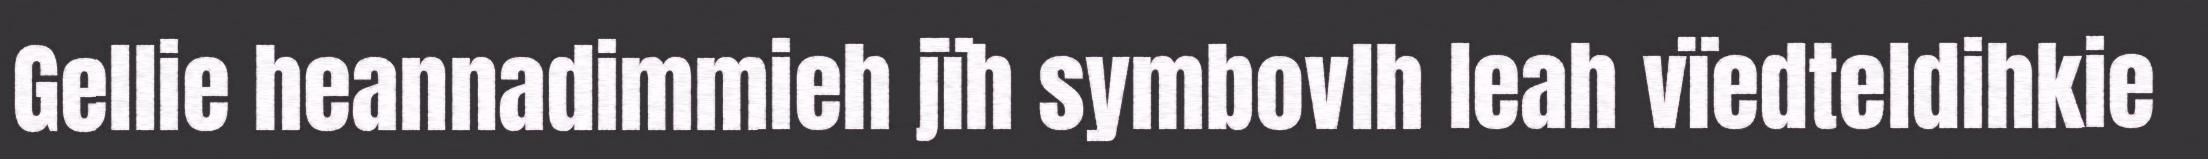
Gellie heannadimmieh jïh symbovlh leah vïedteldihkie